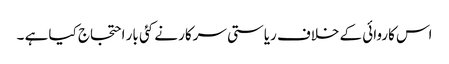
اس کاروائی کے خلاف ریاستی سرکار نے کئی بار احتجاج کیا ہے ۔